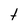
Character: t